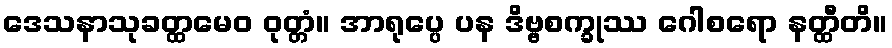
ဒေသနာသုခတ္ထမေဝ ဝုတ္တံ။ အာရုပ္ပေ ပန ဒိဗ္ဗစက္ခုဿ ဂေါစရော နတ္ထီတိ။